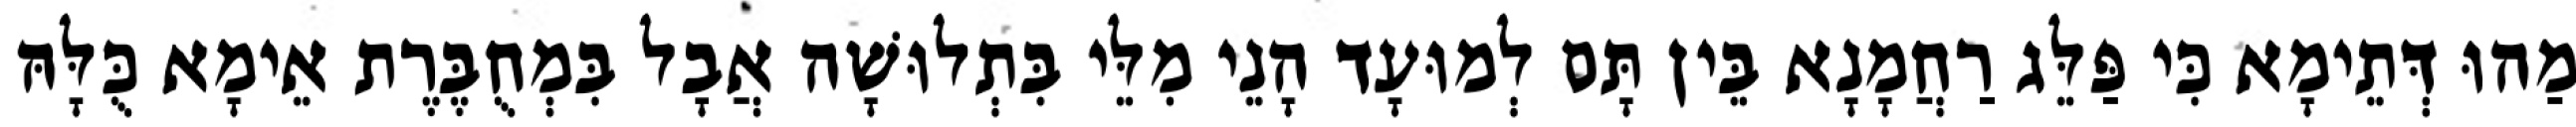
מַהוּ דְּתֵימָא כִּי פַּלֵּג רַחֲמָנָא בֵּין תָּם לְמוּעָד הָנֵי מִלֵּי בִּתְלוּשָׁה אֲבָל בִּמְחֻבֶּרֶת אֵימָא כֻּלָּהּ